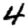
Digit: 4